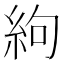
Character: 絇